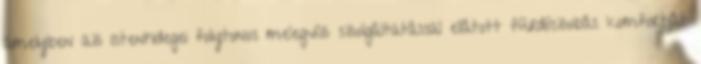
amelyben az Istenhidegei folytonos melegvíz szolgáltatással ellátott fürdõszobás komfortját